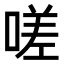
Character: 嗟